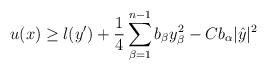
LaTeX: \begin{align*}u (x) \geq l (y') + \frac{1}{4} \sum_{\beta=1}^{n-1} b_\beta y_\beta^2 - C b_\alpha |\hat{y}|^2\end{align*}